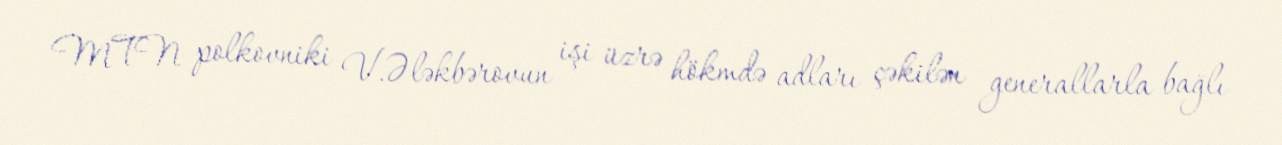
MTN polkovniki V.Ələkbərovun işi üzrə hökmdə adları çəkilən generallarla bağlı